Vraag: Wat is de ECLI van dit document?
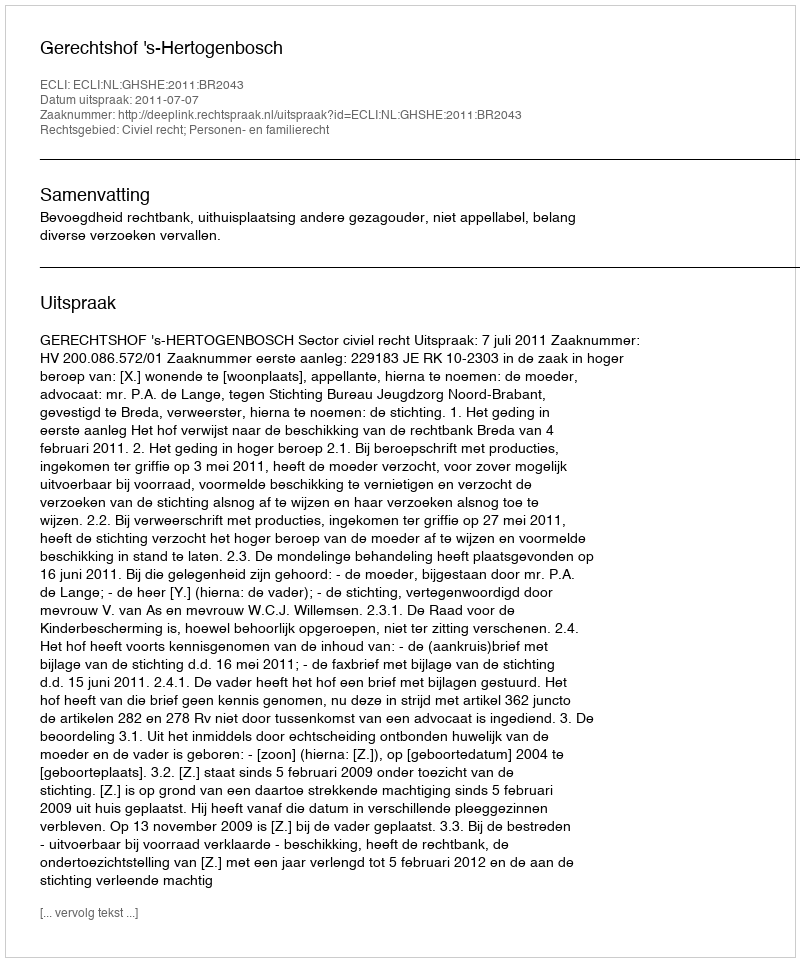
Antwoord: ECLI:NL:GHSHE:2011:BR2043